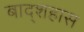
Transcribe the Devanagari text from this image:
बाद्शहास